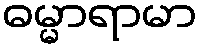
ဓမ္မာရာမာ